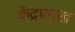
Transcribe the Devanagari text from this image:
केंद्रप्रमुख